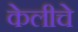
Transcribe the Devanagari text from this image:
केलीचे